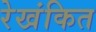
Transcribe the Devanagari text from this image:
रेखंकित